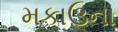
મકાઉના